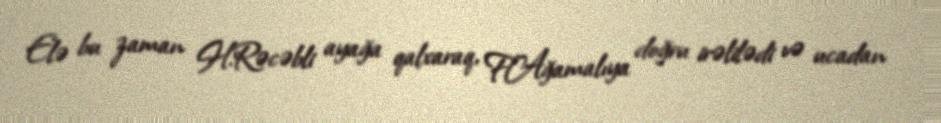
Elə bu zaman H.Rəcəbli ayağa qalxaraq, F.Ağamalıya doğru irəlilədi və ucadan